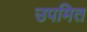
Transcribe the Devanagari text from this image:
उपमित